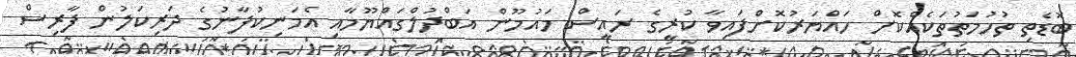
ބޮޑެތި ތުހުމަތުތަކެއްކޮށް ހައްޔަރުކޮށްފައިވާ ކުރީގެ ރައީސް މައުމޫން އަބްދުލްގައްޔޫމާއި އެމަނިކުފާނުގެ ދަރިކަލުން ފާރިސް